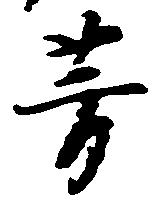
芳